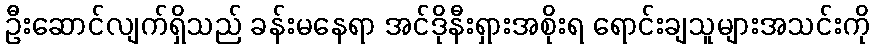
ဦးဆောင်လျက်ရှိသည် ခန်းမနေရာ အင်ဒိုနီးရှားအစိုးရ ရောင်းချသူများအသင်းကို